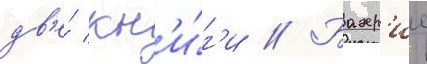
дв'е́ кн'и́г'и // Бахр'ие